Eesti_Vabariigi_Tartu_Ulikool, lk 73
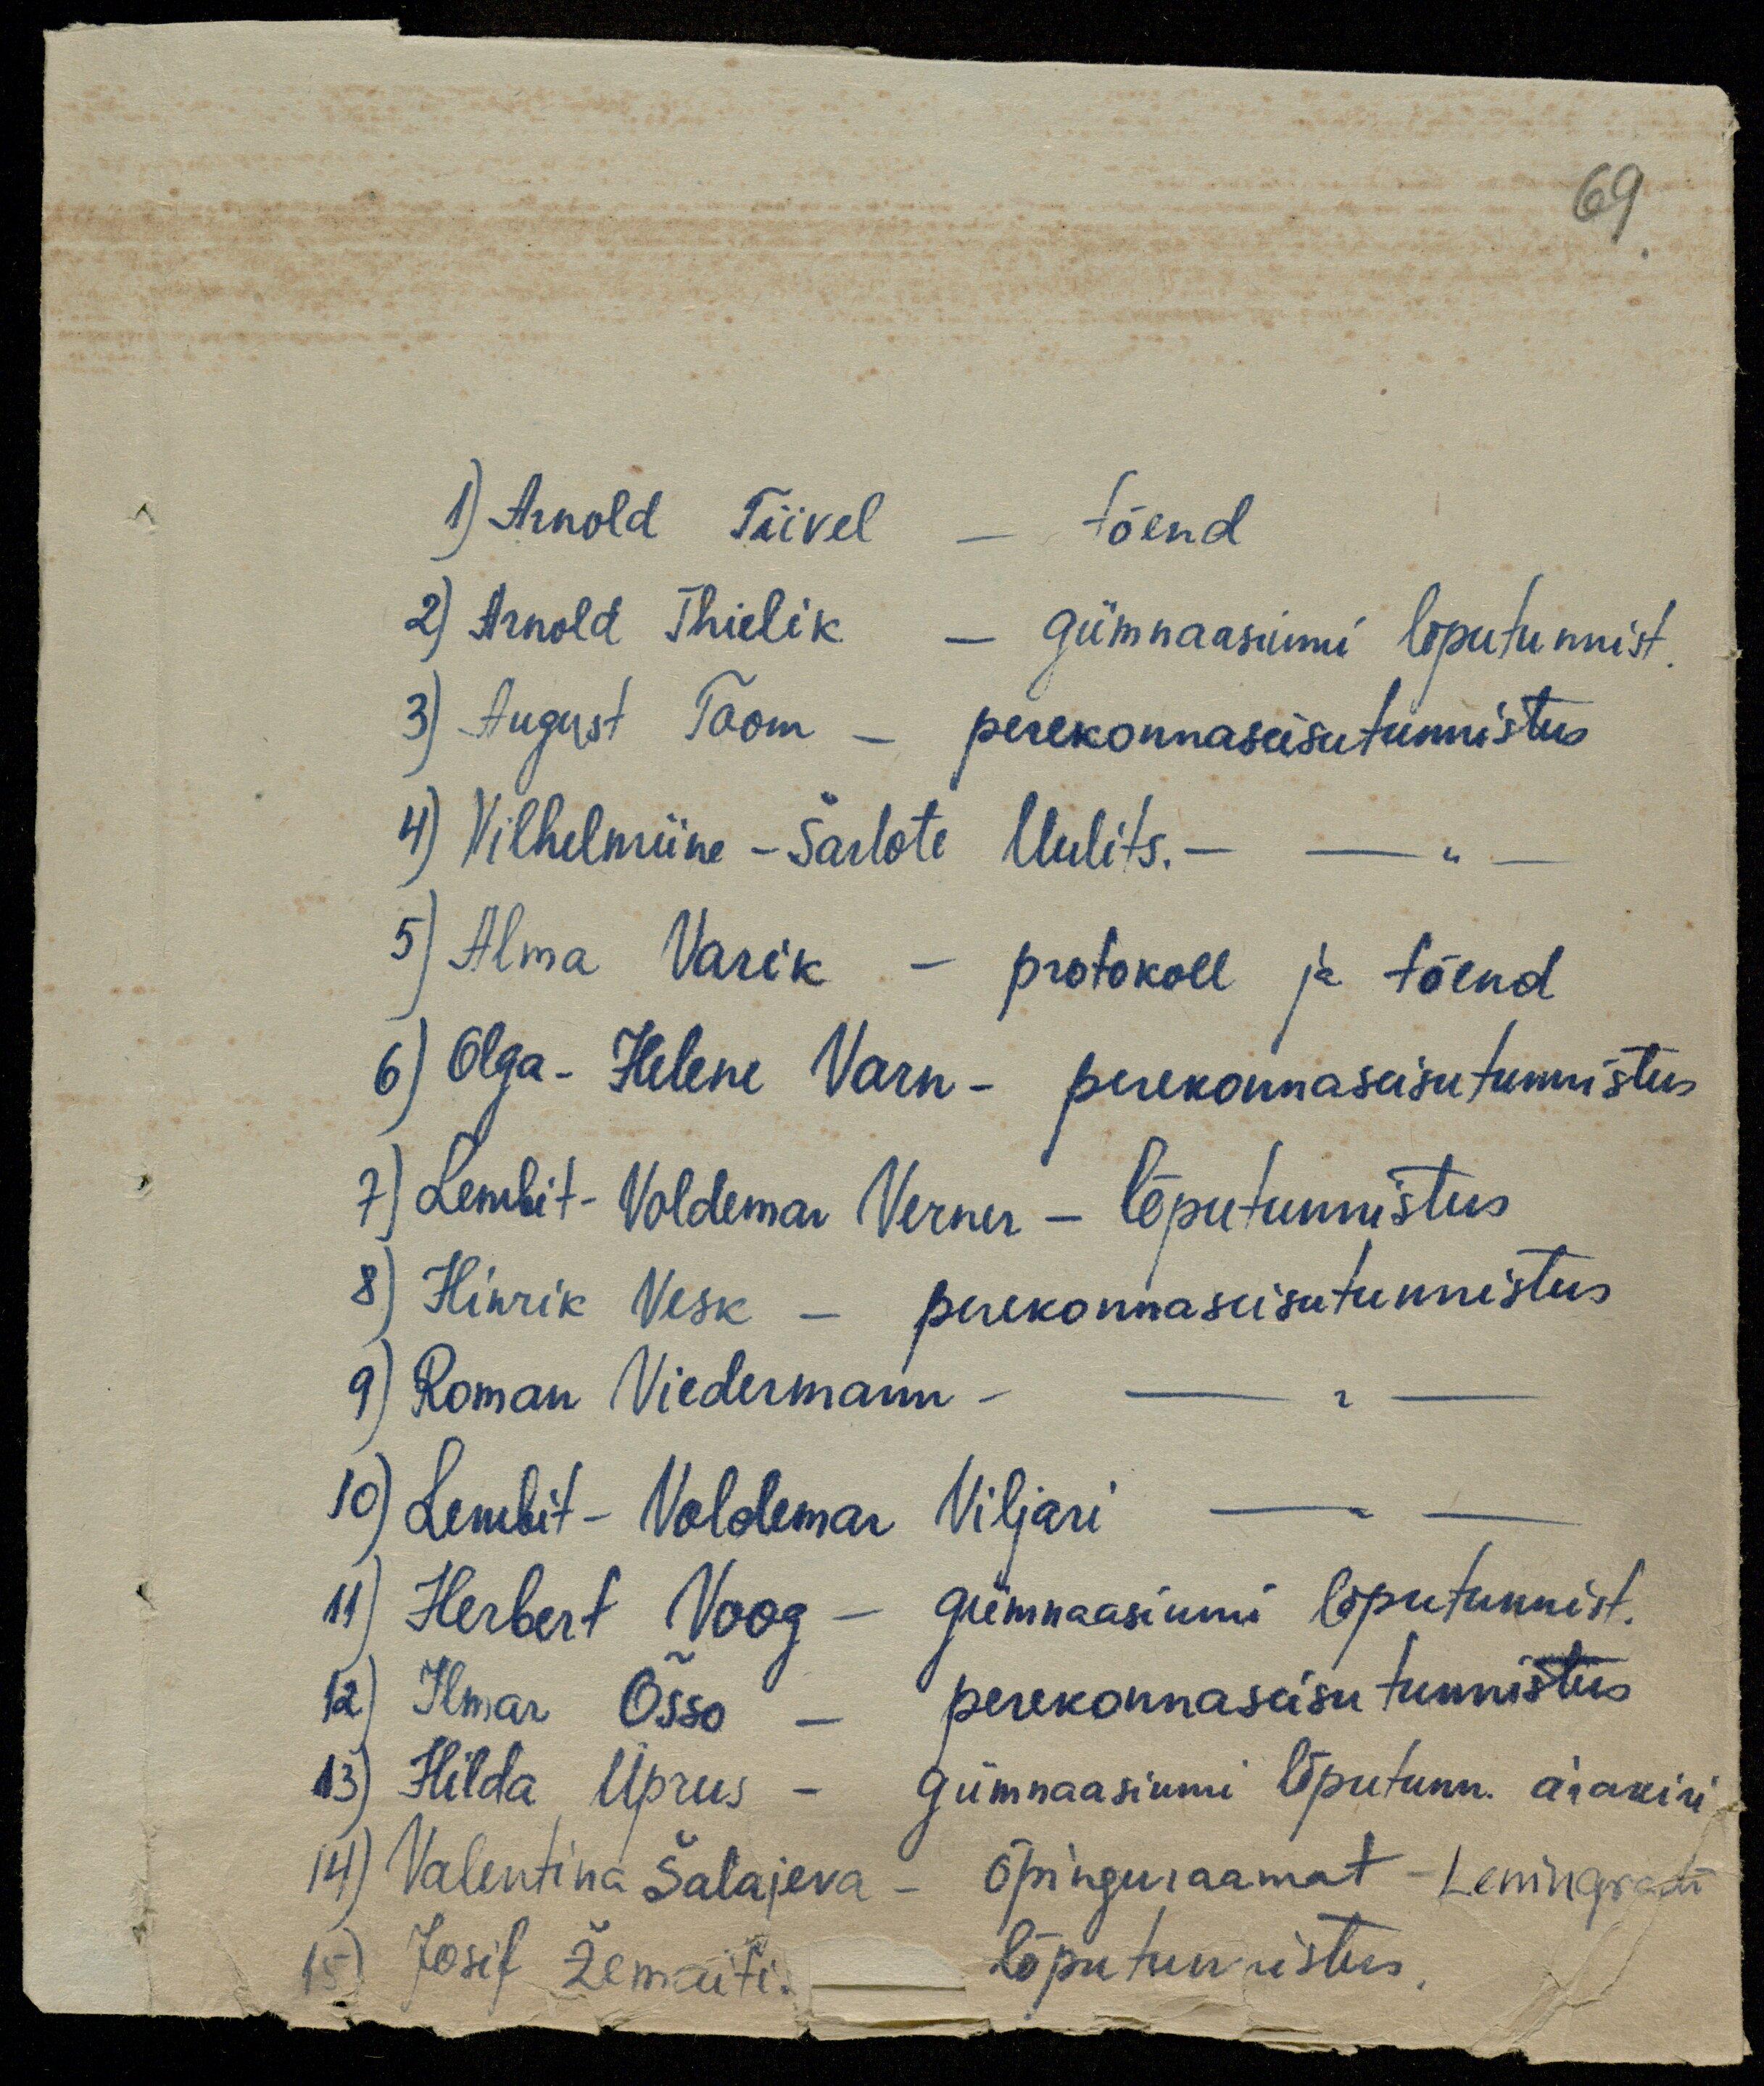
69.

1) Arnold Tiivel - tõend
2) Arnold Thielik - gümnaasiumi lõputunnist.
3) August Toom - perekonnaseisutunnistus
4) Vilhelmiine-Šarlote Uulits. - - "
5) Alma Varik - protokoll ja tõend
6) Olga-Helene Varn- perekonnaseisutunnistus
7) Lembit-Voldemar Verner - lõputunnistus
8) Hinrik Vesk - perekonnaseisutunnistus
9) Roman Viedermann- -"-
10) Lembit-Voldemar Viljari
11) Herbert Voog - gümnaasiumi lõputunnist.
12) Ilmar Õsso - perekonnaseisu tunnistus
13) Hilda Uprus - Gümnaasiumi lõputunn. ärakiri
14) Valentina Šalajeva - õpinguraamat - Leningradi
15) Josif Žemaitis lõputunnistus.